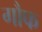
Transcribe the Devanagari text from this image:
गौफ